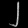
Digit: ၂